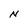
Character: N